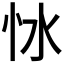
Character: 𢗷